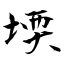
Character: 堧